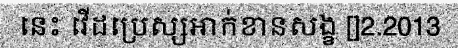
នេះ វើដប្រេស្សអាក់ខានសង្ខ []2.2013